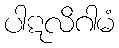
ပါဋလိဂါမံ